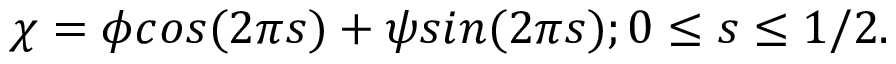
\chi = \phi c o s ( 2 \pi s ) + \psi s i n ( 2 \pi s ) ; 0 \leq s \leq 1 / 2 .